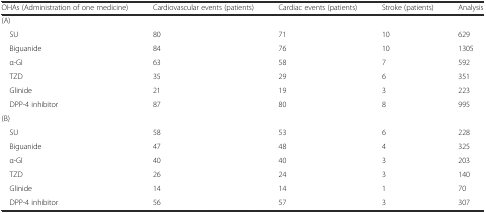
<table><thead><tr><td><b>OHAs (Administration of one medicine)</b></td><td><b>Cardiovascular events (patients)</b></td><td><b>Cardiac events (patients)</b></td><td><b>Stroke (patients)</b></td><td><b>Analysis</b></td></tr></thead><tbody><tr><td colspan="5">(A)</td></tr><tr><td> SU</td><td>80</td><td>71</td><td>10</td><td>629</td></tr><tr><td> Biguanide</td><td>84</td><td>76</td><td>10</td><td>1305</td></tr><tr><td> α-GI</td><td>63</td><td>58</td><td>7</td><td>592</td></tr><tr><td> TZD</td><td>35</td><td>29</td><td>6</td><td>351</td></tr><tr><td> Glinide</td><td>21</td><td>19</td><td>3</td><td>223</td></tr><tr><td> DPP-4 inhibitor</td><td>87</td><td>80</td><td>8</td><td>995</td></tr><tr><td colspan="5">(B)</td></tr><tr><td> SU</td><td>58</td><td>53</td><td>6</td><td>228</td></tr><tr><td> Biguanide</td><td>47</td><td>48</td><td>4</td><td>325</td></tr><tr><td> α-GI</td><td>40</td><td>40</td><td>3</td><td>203</td></tr><tr><td> TZD</td><td>26</td><td>24</td><td>3</td><td>140</td></tr><tr><td> Glinide</td><td>14</td><td>14</td><td>1</td><td>70</td></tr><tr><td> DPP-4 inhibitor</td><td>56</td><td>57</td><td>3</td><td>307</td></tr></tbody></table>